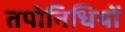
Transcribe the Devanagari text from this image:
तपोनिधियों